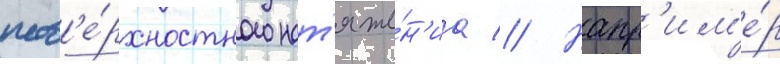
пов'е́рхностного нат'яже́н'иа // Напр'им'е́р